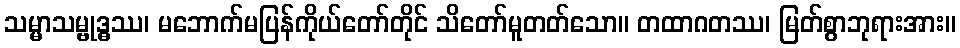
သမ္မာသမ္ဗုဒ္ဓဿ၊ မဘောက်မပြန်ကိုယ်တော်တိုင် သိတော်မူတတ်သော။ တထာဂတဿ၊ မြတ်စွာဘုရားအား။